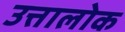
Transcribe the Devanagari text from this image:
उत्तालोक